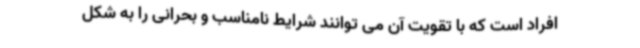
افراد است که با تقویت آن می توانند شرایط نامناسب و بحرانی را به شکل